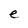
Character: e